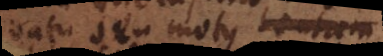
[co]natu seu motus tentam